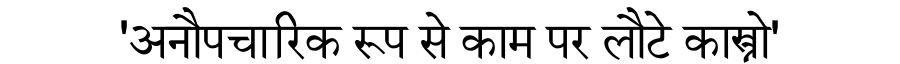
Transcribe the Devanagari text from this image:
'अनौपचारिक रूप से काम पर लौटे कास्त्रो'